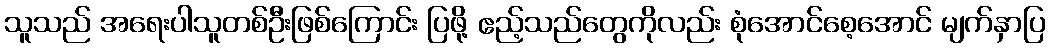
သူသည် အရေးပါသူတစ်ဦးဖြစ်ကြောင်း ပြဖို့ ဧည့်သည်တွေကိုလည်း စုံအောင်စေ့အောင် မျက်နှာပြ